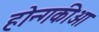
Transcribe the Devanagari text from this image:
होन्गकीओ